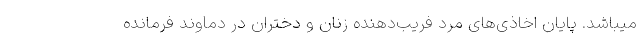
میباشد. پایان اخاذی‌های مرد فریب‌دهنده زنان و دختران در دماوند فرمانده